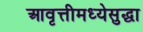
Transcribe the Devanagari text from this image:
आवृत्तीमध्येसुद्धा